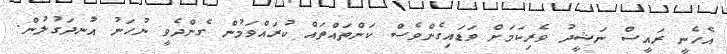
އެހެނީ ރައީސް ނަޝީދު ވެރިކަމަށް ވަޑައިގެންވެސް ކަންތައްތައް ކުރައްވަމުން ގެންދެވީ ނުހަނު އުނދަގުލުން.